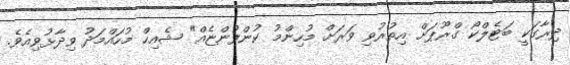
ދިރާގަކީ ބަޓެލްކޯ ގްރޫޕަށް އިތުރުވި ވަރަށް މުހިންމު ކުންފުންޏެއް" ޝެއިހް މުހައްމަދު ވިދާޅުވިއެވެ.